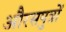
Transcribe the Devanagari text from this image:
औरसपुत्रों